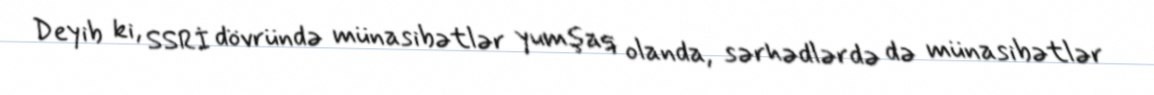
Deyib ki, SSRİ dövründə münasibətlər yumşaq olanda, sərhədlərdə də münasibətlər